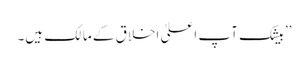
’’بیشک آپ اعلیٰ اخلاق کے مالک ہیں۔